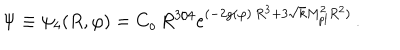
\Psi \equiv \psi _ { 4 } ( R , \varphi ) = C _ { o } \, R ^ { 3 / 4 } e ^ { ( - 2 g ( \varphi ) \, R ^ { 3 } + 3 \sqrt { k } M _ { p l } ^ { 2 } R ^ { 2 } ) } \, .